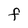
Character: F